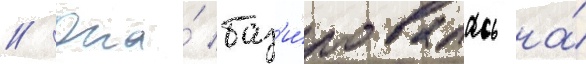
// Она́ баз'и́ровалась на́